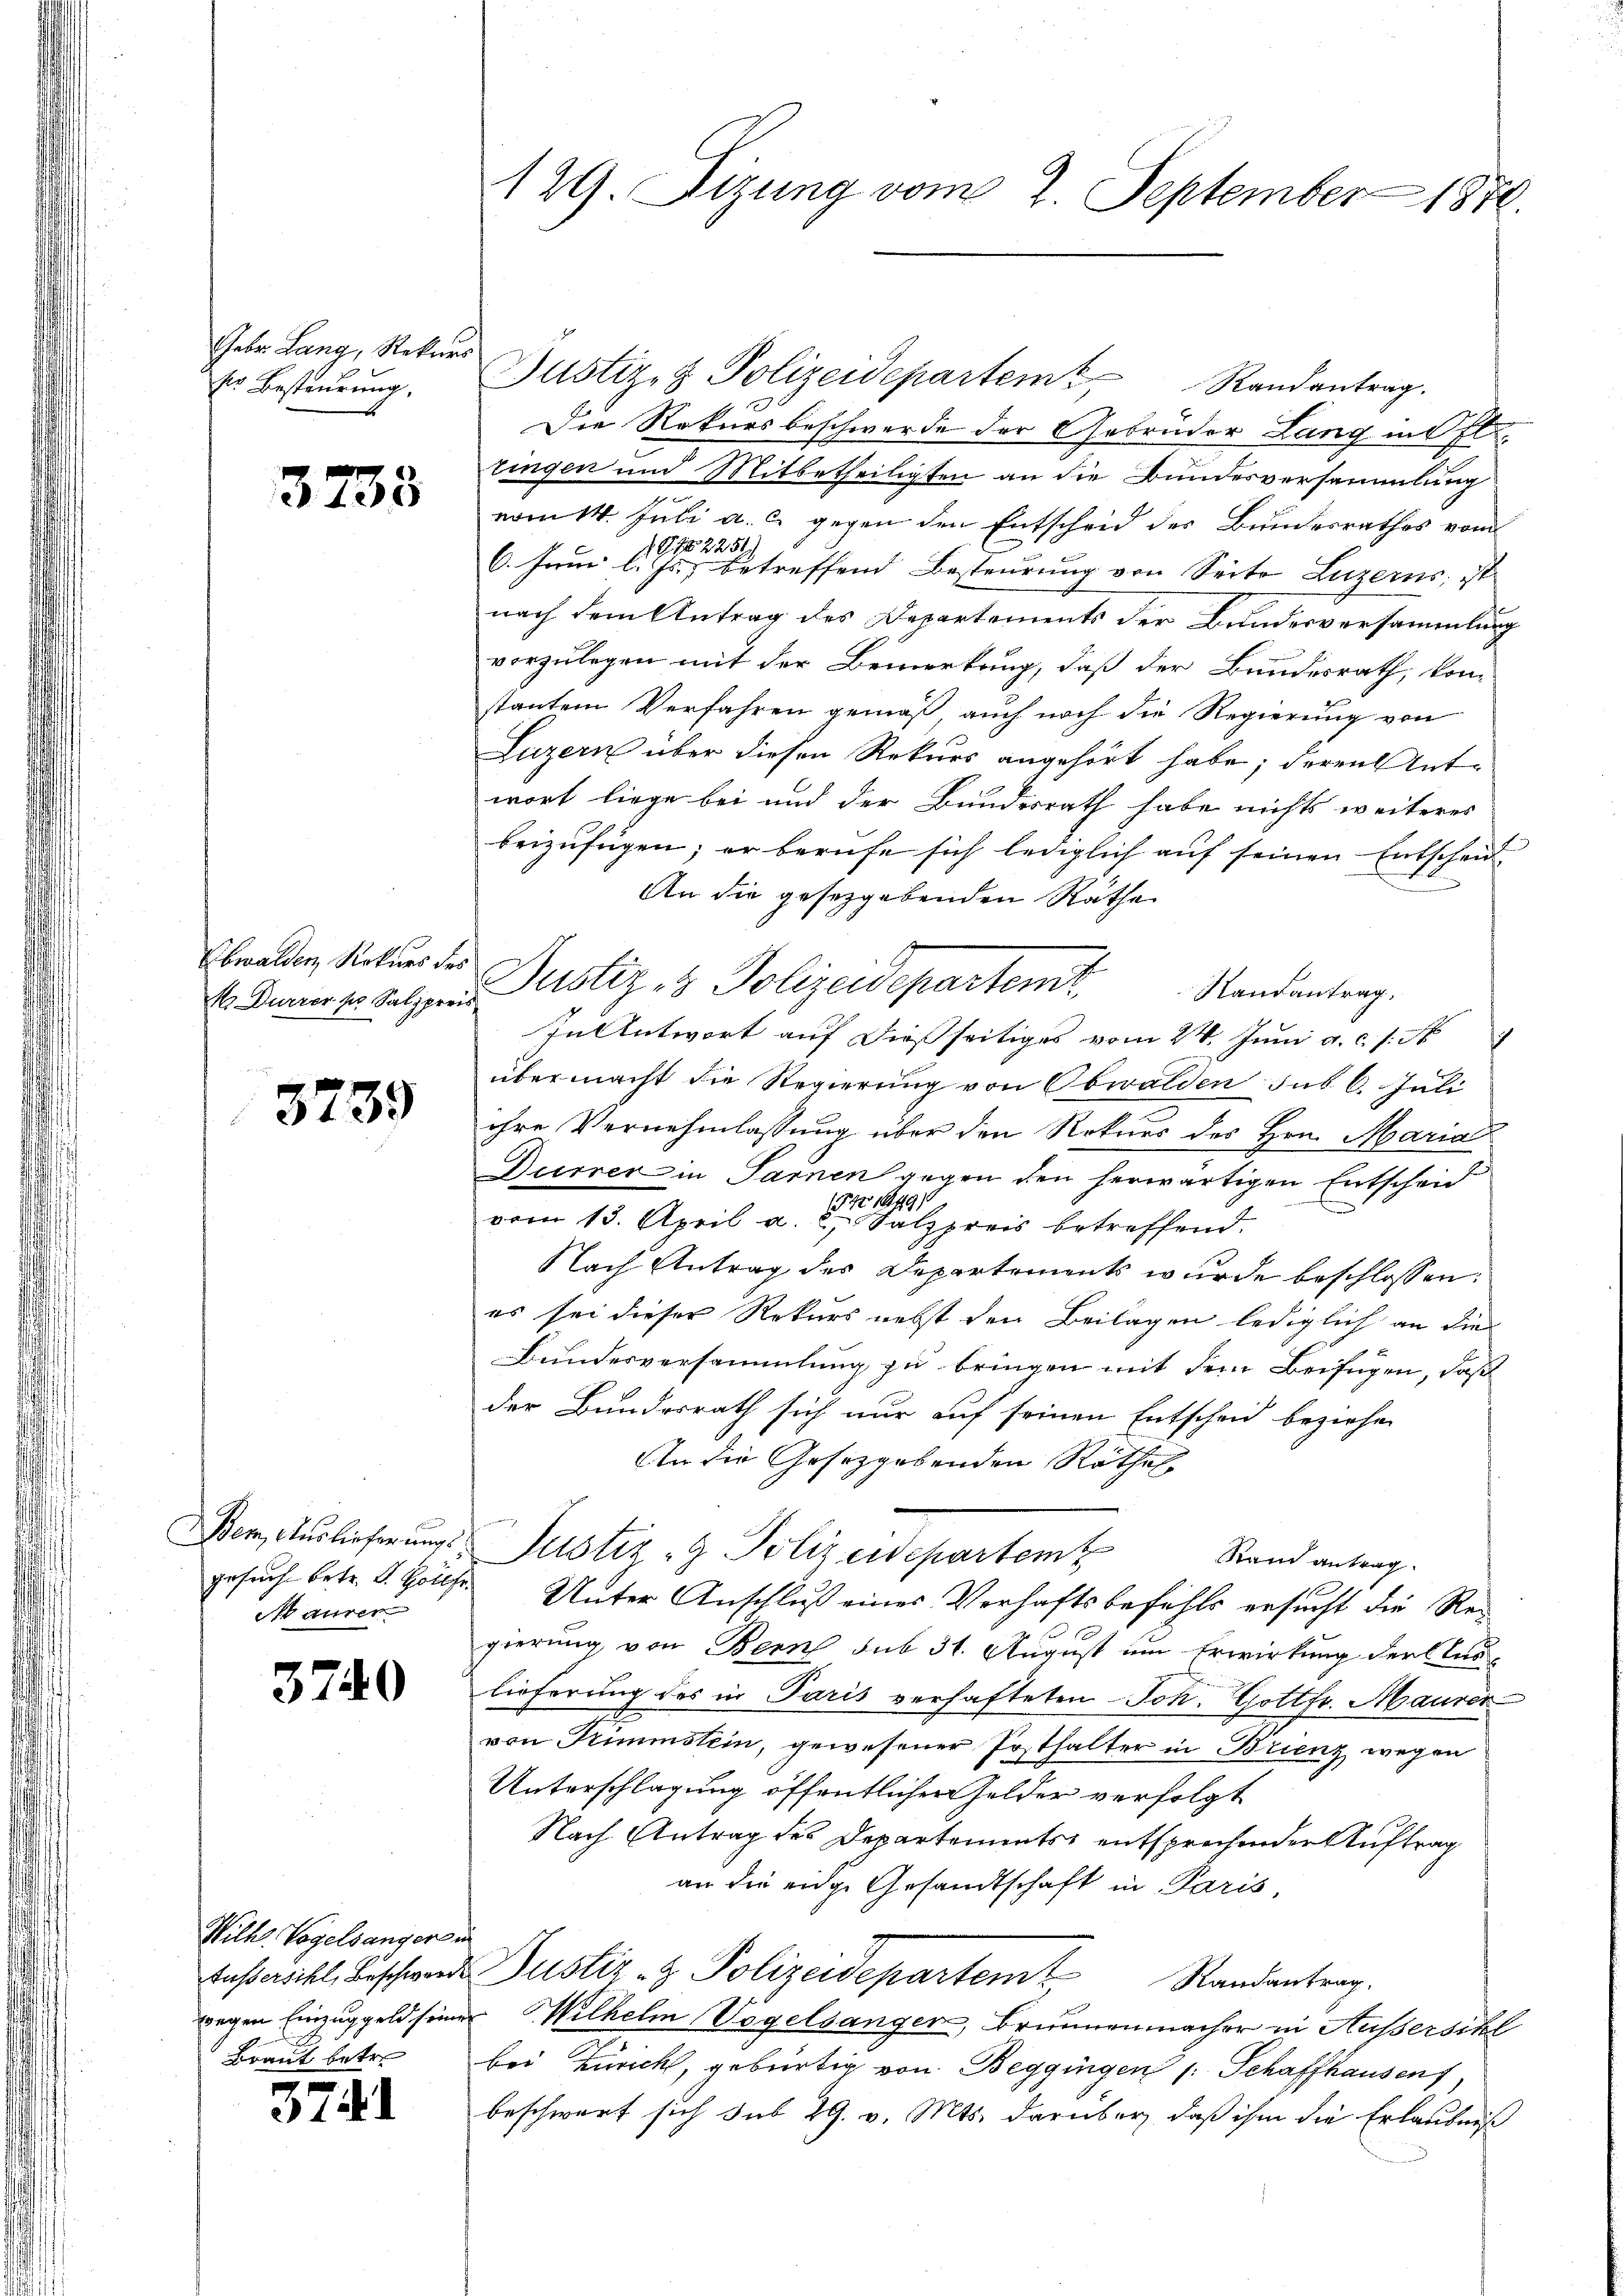
Gebr. Lang, Rekurs
ser Besteuerung.

3733

K Dürrer so Salzpreis

3235

4
1
Maurer
s

3740

Wilh. Vogelsangers i

374

129. Sizung vom 2. September 1870.

Justiz- & Polizeidepartem Randantrag.
Die Rekursbeschwerde der Gebrüder Lang in fl.
ringen und Mitbetheiligten an die Bundesversammlung
vom 14. Juli a. c. gegen den Entscheid der Bundesrathes vom
ON 2251)
6. Juni l. Js. betreffend Besteurung von Seite Luzerns, ist
nach dem Antrag des Departements der Bundesversammlung
vorzulegen mit der Bemerkung, daß der Bundesrath, kon-
stanten Verfahren gemäß, auch noch die Regierung von
Luzern über diesen Rekurs angehört habe; deren Antwort liege bei und der Bundesrath habe nichts weiteres
beizufügen; er berufe sich lediglich auf seinen Entscheid
An die gesetzgebenden Räthe
Obwalden Natur der Justiz- & Polizeidepartemt
Randantrag.
In Antwort auf dießseitiges vom 24. Juni a.c. s. N
übermacht die Regierung von Obwalden sub 6. Juli
ihre Vernehmlassung über den Rekurs des Hrn. Maria
Durrer in Sarnen gegen den herwärtigen Entscheid
vom 13. April a. der Salzpreis betreffend.
Nach Antrag des Departements wurde beschlossen:
es sei dieser Rekurs nebst den Beilagen lediglich an die
Bundesversammlung zu bringen mit dem Beifügen, daß
der Bundesrath sich nur auf seinen Entscheid beziehen
An die Gesetzgebenden Rathe
 Auslieferungs Justiz- & Polizeidepartem Stand antrag.
tuch betr. d. Haus Unter Anschluß eines Verhaftsbefehls ersucht die Regierung, von Bern sub 31. August um Erwirkung der Auslieferung des in Paris verhafteten Joh. Gottfr. Maurer-
von Trimmstein, gewesener Posthalter in Brienz wegen
Unterschlagung öffentlichen Gelder verfolgt
Nach Antrag des Departements entsprechender Auftrag
an die eidge Gesandtschaft in Paris,
Ausschl, Beschwerde Justiz- & Polizeidepartem Randantrag.
wegen Einzuggeld seiner Wilhelm Vogelsanger, Brunnenmacher in Aussersihl
Braut betr. bei Zürich, gebürtig von Beggingen /: Schaffhausen
beschwarf sich sub 29. v. Mts. darüber, daß ihm die Erlaubniß